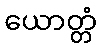
ယောတ္တံ